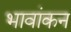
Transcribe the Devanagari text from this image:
भावांकन